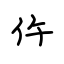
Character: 仵